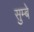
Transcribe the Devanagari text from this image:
सुम्बे